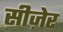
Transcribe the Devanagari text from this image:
सीज़ेर